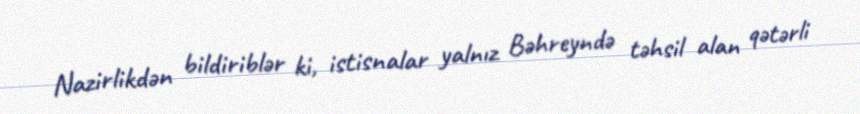
Nazirlikdən bildiriblər ki, istisnalar yalnız Bəhreyndə təhsil alan qətərli